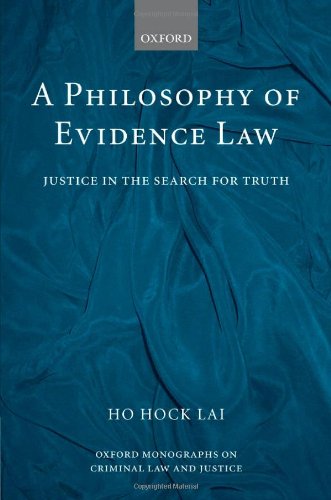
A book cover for A Philosophy of Evidence Law: Justice in the Search for Truth (Oxford Monographs on Criminal Law and Justice); H. L. Ho; Law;